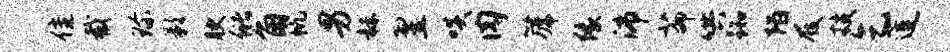
隹截珍影腴储角帆男赫翌啖肉篪缘沛茆哄踟陌屐技乞莲